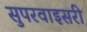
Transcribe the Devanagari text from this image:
सुपरवाइसरी